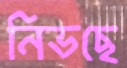
নিভছে